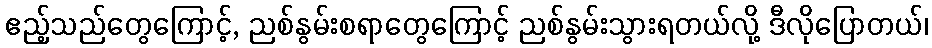
ဧည့်သည်တွေကြောင့်, ညစ်နွမ်းစရာတွေကြောင့် ညစ်နွမ်းသွားရတယ်လို့ ဒီလိုပြောတယ်၊